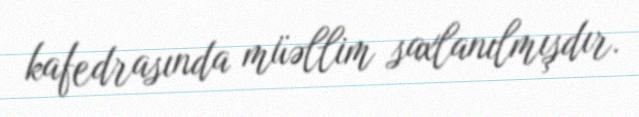
kafedrasında müəllim saxlanılmışdır.